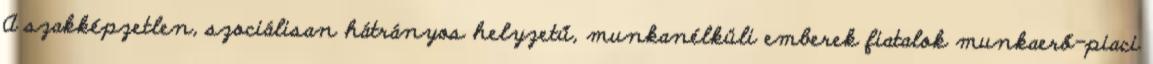
A szakképzetlen, szociálisan hátrányos helyzetű, munkanélküli emberek fiatalok munkaerő-piaci